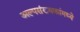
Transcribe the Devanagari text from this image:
अल्पसंख्यकांमध्ये